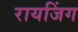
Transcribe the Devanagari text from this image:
रायजिंग